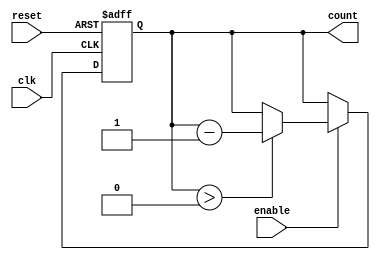
module down_counter #(
    parameter N = 8 // Specify the width of the counter
)(
    input wire clk,         // Clock signal
    input wire enable,      // Enable signal for decrementation
    input wire reset,       // Asynchronous reset signal
    output reg [N-1:0] count // Current value of the counter
);

// Asynchronous reset and counting logic
always @(posedge clk or posedge reset) begin
    if (reset) begin
        count <= N; // Reset the counter to N
    end else if (enable) begin
        if (count > 0) begin
            count <= count - 1; // Decrement the counter
        end
    end
    // If enable is low, the counter retains its value (do nothing).
end

endmodule